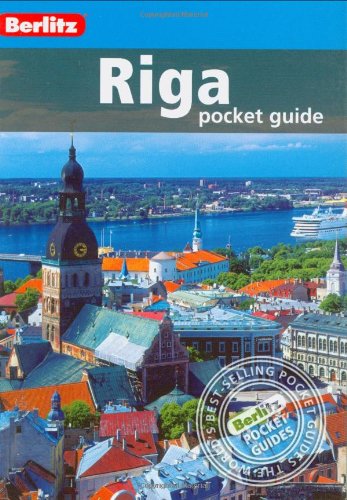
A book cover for Berlitz: Riga Pocket Guide (Berlitz Pocket Guides); Travel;